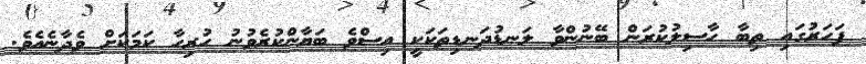
ފަހަރުގައި ތިބާ ހާސިލުކުރަން ބޭނުންވާ ލަނޑުދަނޑިތަކަކީ އިސްވެ ބަޔާންކުރެވުނު ހުރިހާ ކަމަކަށް ވެދާނެއެވެ.